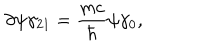
\partial \psi \gamma _ { 2 1 } = \frac { m c } { \hbar } \psi \gamma _ { 0 } ,